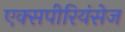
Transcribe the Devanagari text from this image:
एक्‍सपीरियंसेज